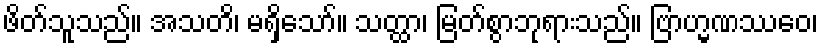
ဖိတ်သူသည်။ အသတိ၊ မရှိသော်။ သတ္ထာ၊ မြတ်စွာဘုရားသည်။ ဗြာဟ္မဏဿေဝ၊